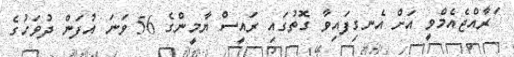
ަަރާއްޖެއެމްވީ އަށް އެނގިފައިވާ ގޮތުގައި ރައީސް ޔާމީންގެ 56 ވަނަ އުފަން ދުވަހުގެ